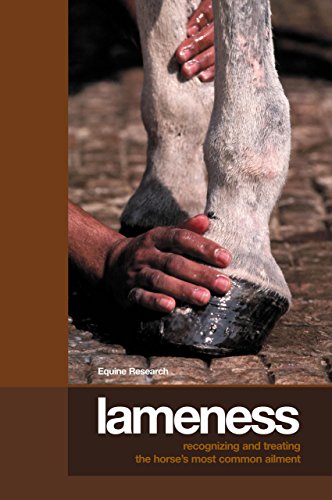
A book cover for Lameness: Recognizing And Treating The Horse's Most Common Ailment; Equine Research; Medical Books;